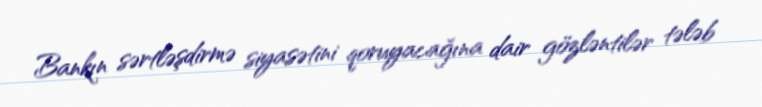
Bankın sərtləşdirmə siyasətini qoruyacağına dair gözləntilər tələb